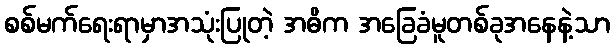
စစ်မက်ရေးရာမှာအသုံးပြုတဲ့ အဓိက အခြေခံမူတစ်ခုအနေနဲ့သာ